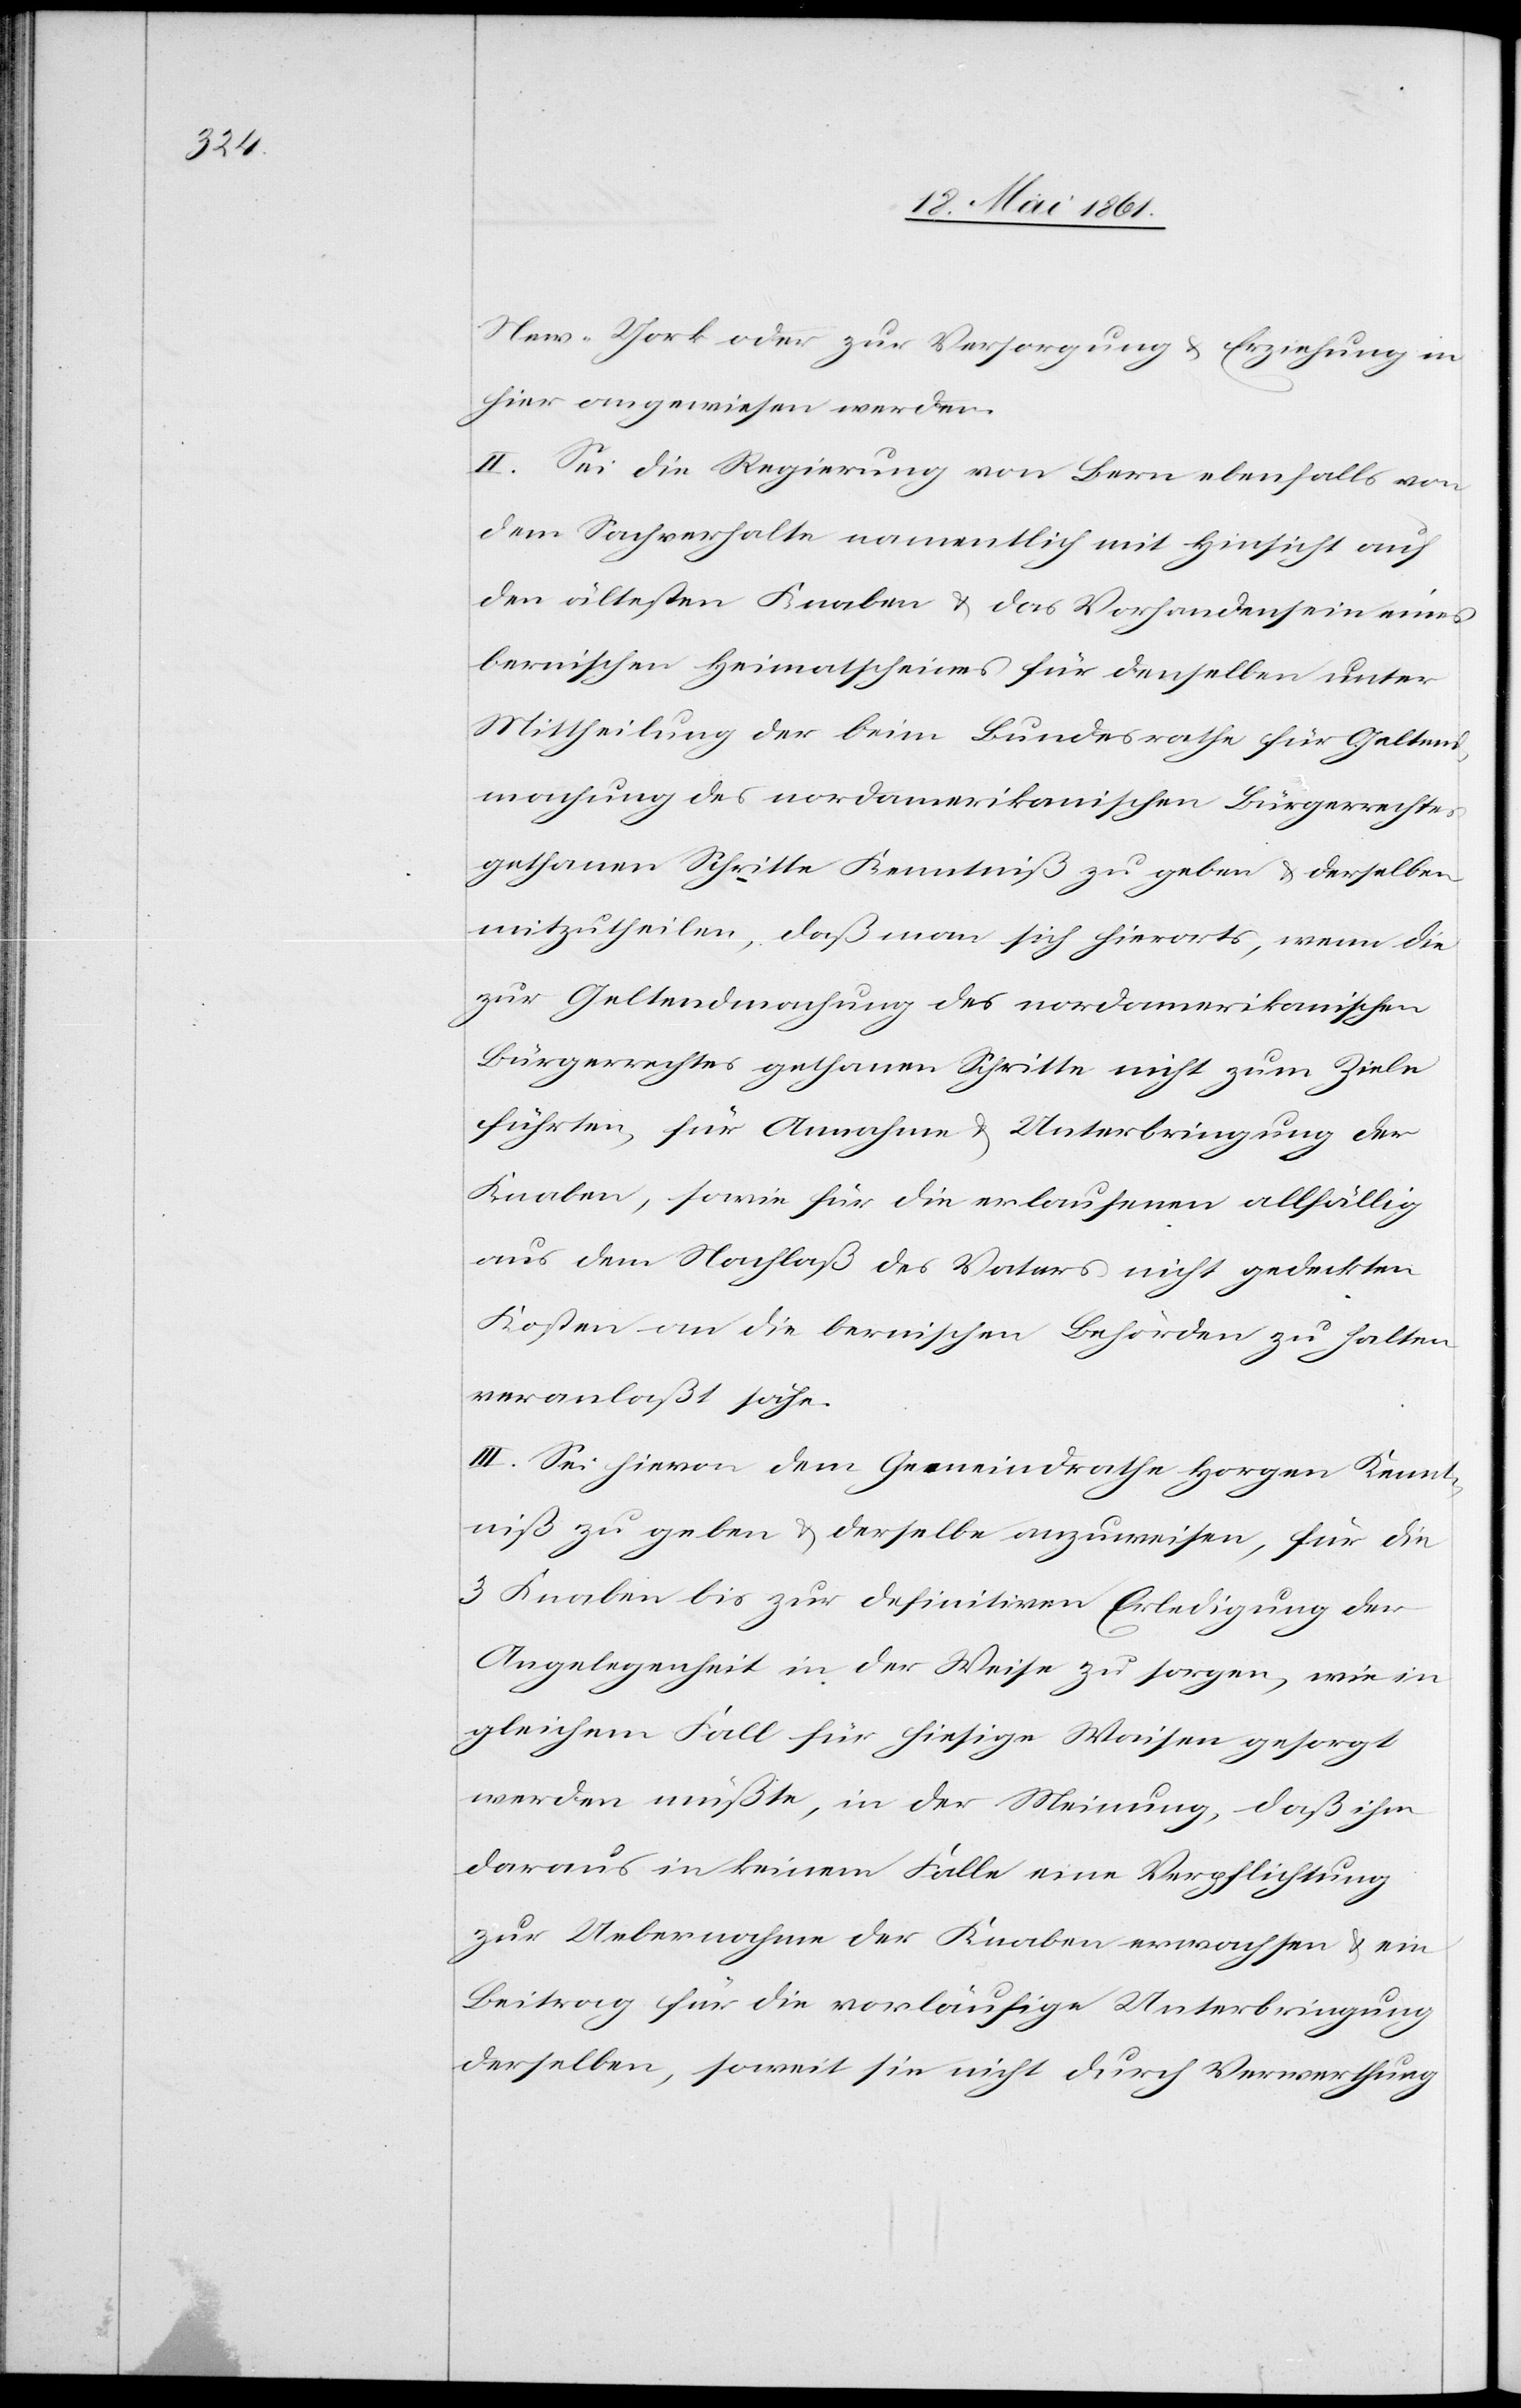
New-York oder zur Versorgung u. Erziehung in
hier angewiesen werden.
II. Sei die Regierung von Bern ebenfalls von
dem Sachverhalte namentlich mit Hinsicht auf
den ältesten Knaben u. das Vorhandensein eines
bernischen Heimatscheines für denselben unter
Mittheilung der beim Bundesrathe für Geltend¬
machung des nordamerikanischen Bürgerrechtes
gethanen Schritte Kenntniß zu geben u. derselben
mitzutheilen, daß man sich hierort, wenn die
zur Geltendmachung des nordamerikanischen
Bürgerrechtes gethanen Schritte nicht zum Ziele
führten, für Annahme u. Unterbringung der
Knaben, sowie für die erlaufenen allfällig
aus dem Nachlaß des Vaters nicht gedeckten
Kosten an die bernischen Behörden zu halten
veranlaßt sähe.
III. Sei hievon dem Gemeindrathe Horgen Kennt¬
niß zu geben u. derselbe anzuweisen, für die
3 Knaben bis zur definitiven Erledigung der
Angelegenheit in der Weise zu sorgen, wie in
gleichem Fall für hiesige Waisen gesorgt
werden müßte, in der Meinung, daß ihm
daraus in keinem Falle ein Verpflichtung
zur Uebernahme der Knaben erwachsen u. ein
Beitrag für die vorläufige Unterbringung
derselben, soweit sie nicht durch Verwerthung